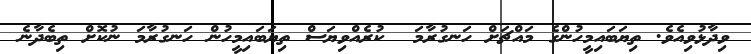
ވިދާޅުވިއެވެ. ތިޔަބައިމީހުންގެ މައްޗަށް ހަނގުރާމަ  ކުރެއްވިޔަސް ތިޔަބައިމީހުން ހަނގުރާމަ ނުކޮށް ތިބެދާނެ